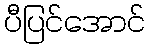
ပီပြင်အောင်